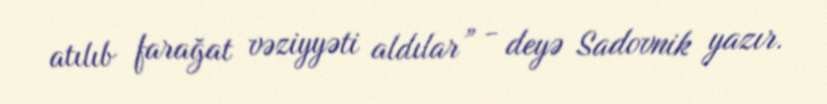
atılıb farağat vəziyyəti aldılar” - deyə Sadovnik yazır.